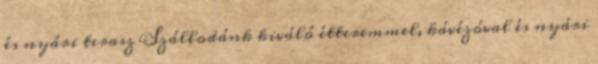
és nyári terasz Szállodánk kiváló étteremmel, kávézóval és nyári